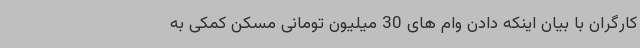
کارگران با بیان اینکه دادن وام های 30 میلیون تومانی مسکن کمکی به